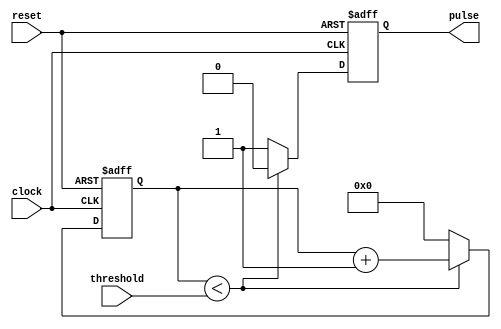
module DutyCyclePulseGenerator (
    input clock,
    input reset,
    input threshold,
    output reg pulse
);

reg [7:0] counter;

always @(posedge clock or posedge reset) begin
    if (reset) begin
        counter <= 8'b0;
        pulse <= 1'b0;
    end else begin
        if (counter < threshold) begin
            counter <= counter + 1;
            pulse <= 1'b0;
        end else begin
            counter <= 8'b0;
            pulse <= 1'b1;
        end
    end
end

endmodule